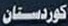
كوردستان